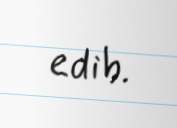
edib.